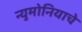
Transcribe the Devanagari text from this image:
न्युमोनियाचे